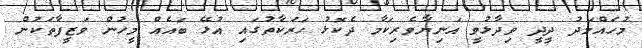
މުހައްމަދު ދީދީ ވިދާޅުވީ އަނިޔާވެރިކަމާ ދެކޮޅު ހަރަކާތުގައި އުޅޭ ބައެއް މީހުން ވަޒީފާތަކުން